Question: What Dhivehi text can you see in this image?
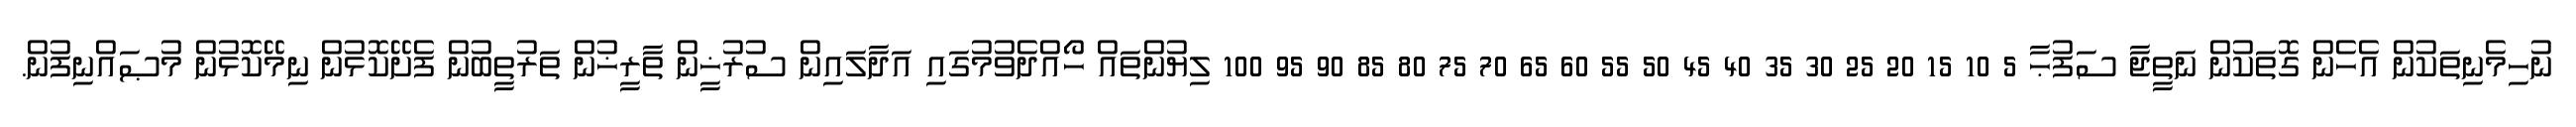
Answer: ނުހިމެނިތަކުން އެހެން ގޮތަކުން ނަތީޖާ ސަފުޙާ 5 10 15 20 25 30 35 40 45 50 55 60 65 70 75 80 85 90 95 100 ލިޔުންތައް ހޯއްދެވުމުގައި އަދާލައިން ސުރުޚީން ތާރީޚުން ތަރުތީބުން ފެށޭކޮޅުން ނިމޭކޮޅުން މުޞައްނިފުން.